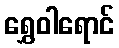
ရွှေဝါရောင်